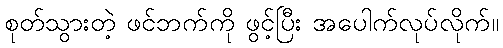
စုတ်သွားတဲ့ ဖင်ဘက်ကို ဖွင့်ပြီး အပေါက်လုပ်လိုက်။